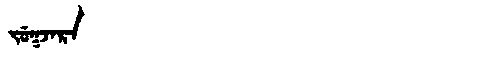
Manchu: ᠵᡠᡴᠵᠠᡵᠠ
Romanization: JUKJARA